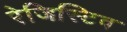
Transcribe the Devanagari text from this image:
रेजिस्टिव